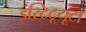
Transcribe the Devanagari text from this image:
इंस्टिटूयूटो